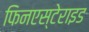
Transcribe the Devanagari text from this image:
फिनएस्टेराइड